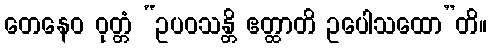
တေနေဝ ဝုတ္တံ “ဥပဝသန္တိ ဧတ္ထာတိ ဥပေါသထော”တိ။